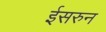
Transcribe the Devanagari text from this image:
ईसरुन